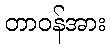
တာဝန်အား